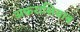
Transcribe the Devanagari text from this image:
अफ़रासियाब